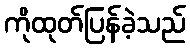
ကိုထုတ်ပြန်ခဲ့သည်